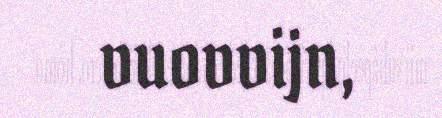
vuovvijn,